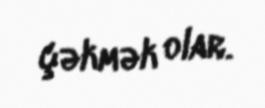
çəkmək olar.